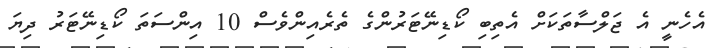
އެހެނީ އެ ޖަލްސާތަކަށް އެތިބި ކޯޑިނޭޓަރުންގެ ތެރެއިންވެސް 10 އިންސަތަ ކޯޑިނޭޓަރު ދިޔަ